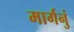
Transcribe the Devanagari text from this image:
मार्गनुं